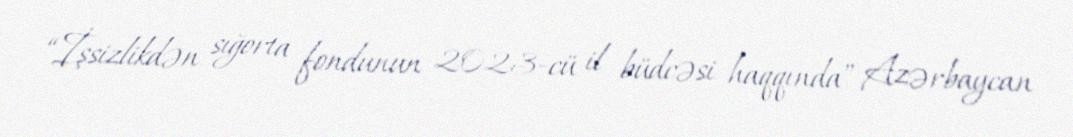
“İşsizlikdən sığorta fondunun 2023-cü il büdcəsi haqqında” Azərbaycan